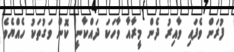
ފުރަން ވެފައި ވާއިރު ދެން މީރާއާ ވާހަކަ ދައްކާނީ ކޮން ވަގުތަކު ހެއްޔެވެ